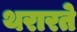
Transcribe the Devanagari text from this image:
थरारते